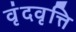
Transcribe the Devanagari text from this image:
वृंदवृत्ति